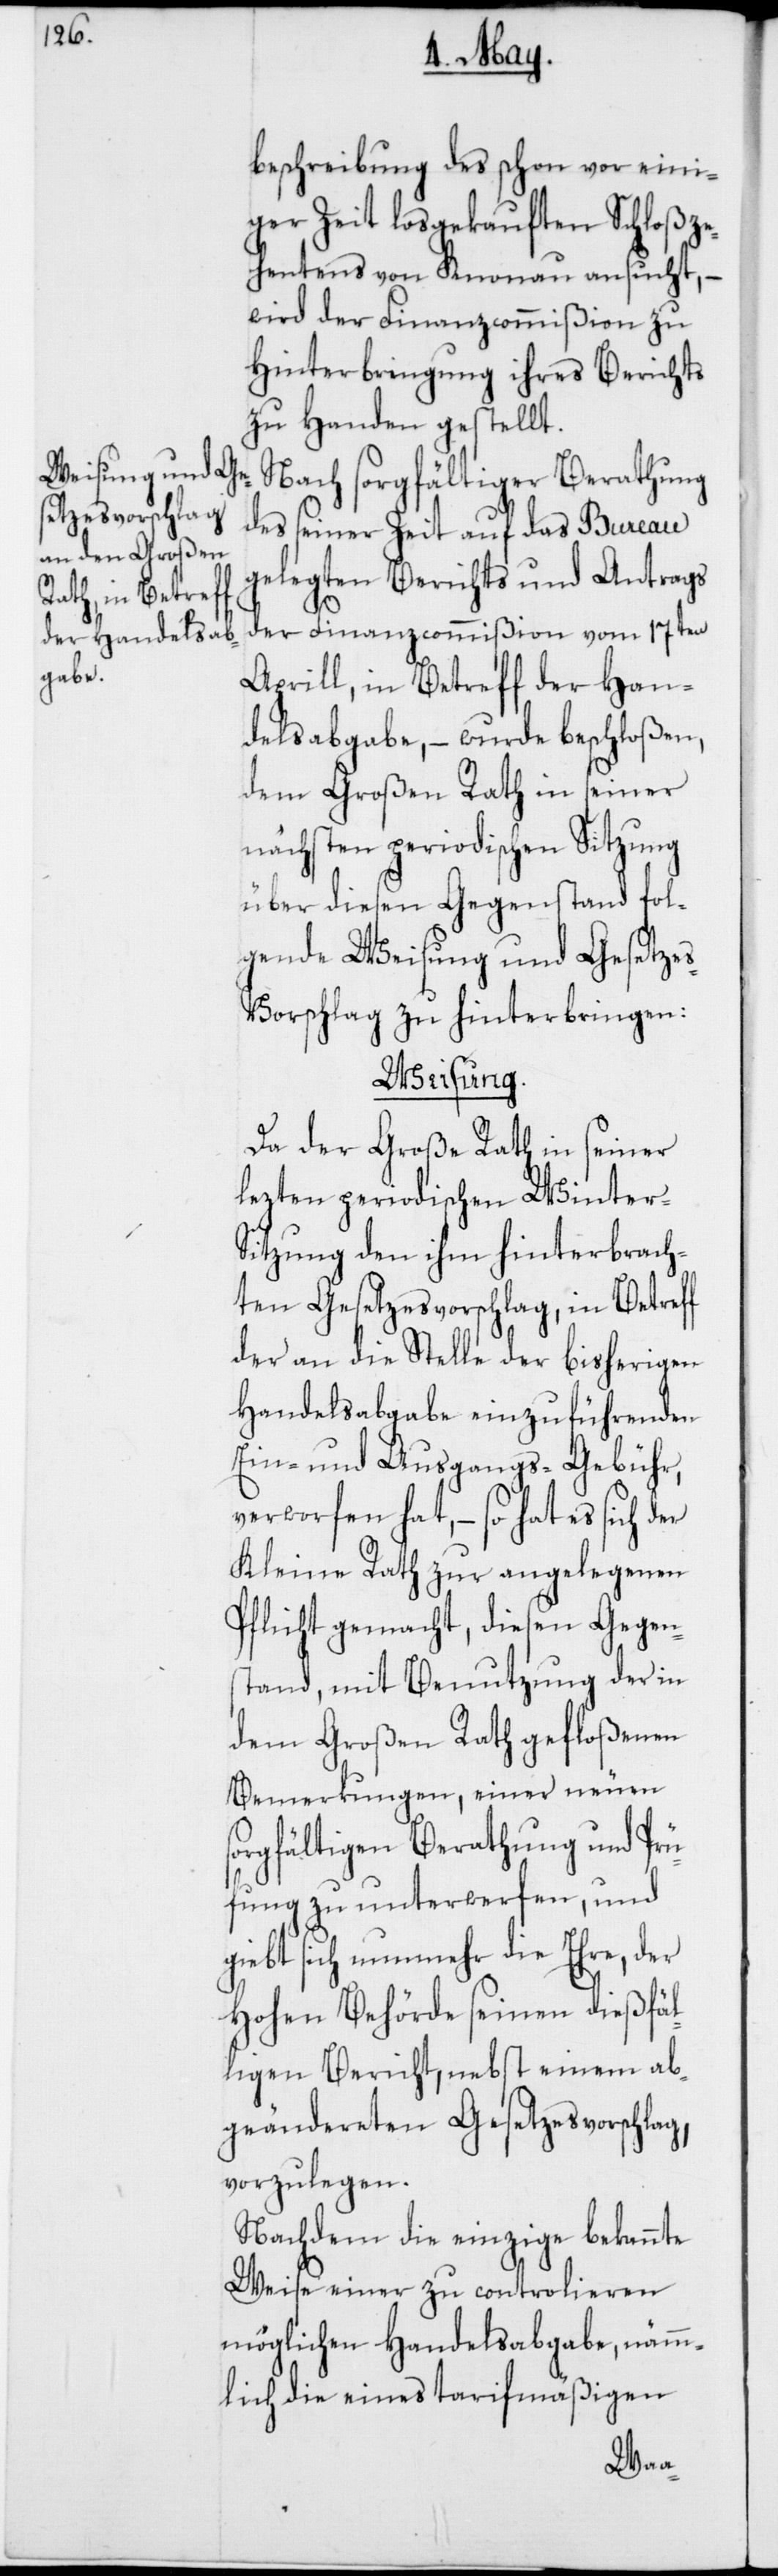
beschreibung des schon vor eini¬
ger Zeit losgekauften Schloßze¬
hentens von Knonau ansucht, –
wird der Finanzcommißion zu
Hinterbringung ihres Berichts
zu Handen gestellt.
Nach sorgfältiger Berathung
des seiner Zeit auf das Bureau
gelegten Berichts und Antrags
der Finanzcommißion vom 17ten
Aprill, in Betreff der Han¬
delsabgabe, – wurde beschloßen,
dem Großen Rath in seiner
nächsten periodischen Sitzung
über diesen Gegenstand fol¬
gende Weisung und Gesetze¬
s-Vorschlag zu hinterbringen:
Weisung.
Da der Große Rath in seiner
lezten periodischen Winter-S¬
itzung den ihm hinterbrach¬
ten Gesetzesvorschlag in Betreff
der an die Stelle der bisherigen
Handelsabgabe einzuführenden
Ein- und Ausgangs-Gebühr,
verworfen hat, – so hat es sich der
Kleine Rath zur angelegenen
Pflicht gemacht, diesen Gegen¬
stand, mit Benutzung der in
dem Großen Rath gefloßenen
Bemerkungen, einer neuen
sorgfältigen Berathung und Prü¬
fung zu unterwerfen, und
giebt sich nunmehr die Ehre, der
Hohen Behörde seinen dießfäl¬
ligen Bericht, nebst einem ab¬
geändereten Gesetzesvorschlag,
vorzulegen.
Nachdem die einzige bekannte
Weise einer zu controlieren
möglichen Handelsabgabe, nämm¬
lich die eines tarifmäßigen